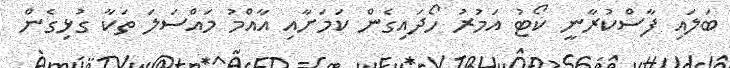
ބަލައި ފާސްކުރާނީ ކޯޓު އަމުރު ހޯދައިގެން ކަމަށާއި އާއްމު މައްސަލަ ތަކާ ގުޅިގެން